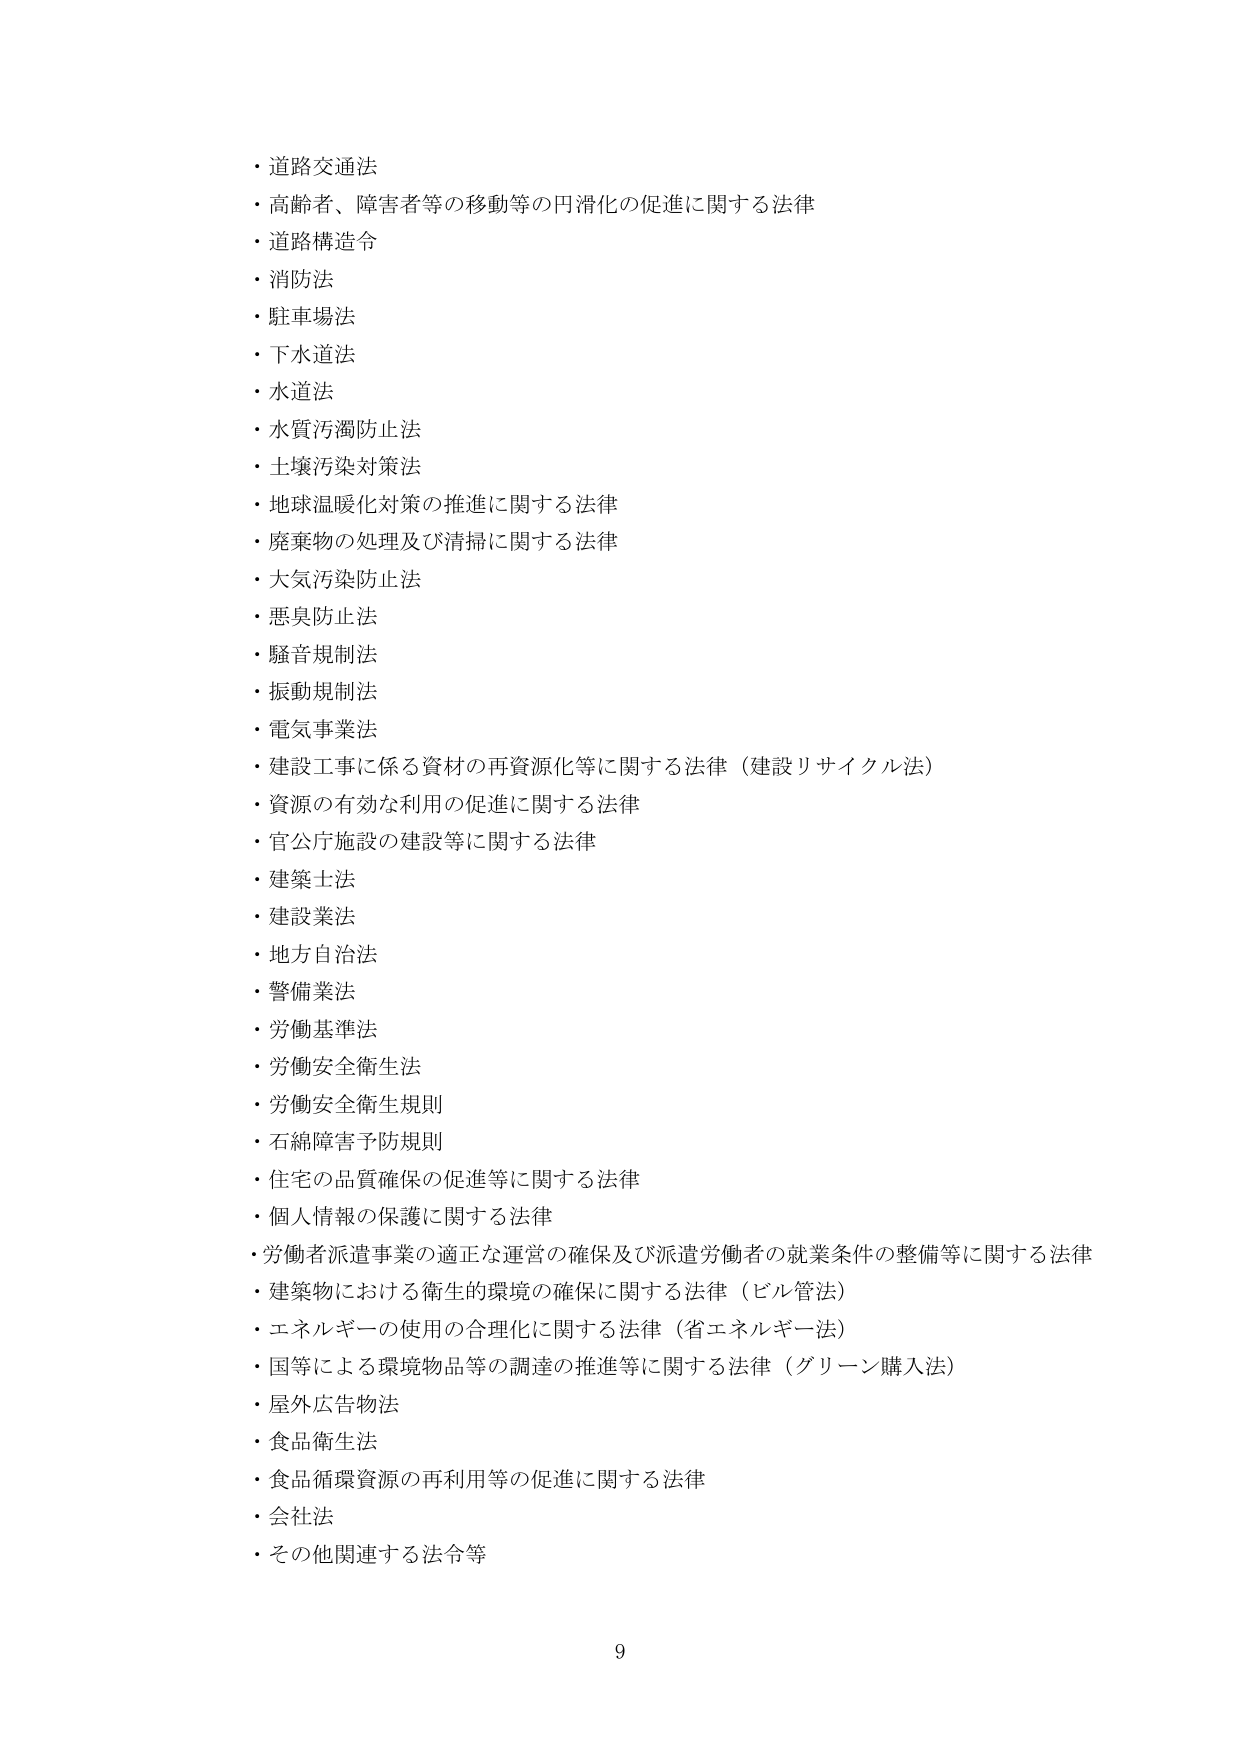
・道路交通法
・高齢者、障害者等の移動等の円滑化の促進に関する法律
・道路構造令
・消防法
・駐車場法
・下水道法
・水道法
・水質汚濁防止法
・土壌汚染対策法
・地球温暖化対策の推進に関する法律
・廃棄物の処理及び清掃に関する法律
・大気汚染防止法
・悪臭防止法
・騒音規制法
・振動規制法
・電気事業法
・建設工事に係る資材の再資源化等に関する法律（建設リサイクル法）
・資源の有効な利用の促進に関する法律
・官公庁施設の建設等に関する法律
・建築士法
・建設業法
・地方自治法
・警備業法
・労働基準法
・労働安全衛生法
・労働安全衛生規則
・石綿障害予防規則
・住宅の品質確保の促進等に関する法律
・個人情報の保護に関する法律
・労働者派遣事業の適正な運営の確保及び派遣労働者の就業条件の整備等に関する法律
・建築物における衛生的環境の確保に関する法律（ビル管法）
・エネルギーの使用の合理化に関する法律（省エネルギー法）
・国等による環境物品等の調達の推進等に関する法律（グリーン購入法）
・屋外広告物法
・食品衛生法
・食品循環資源の再利用等の促進に関する法律
・会社法
・その他関連する法令等

9